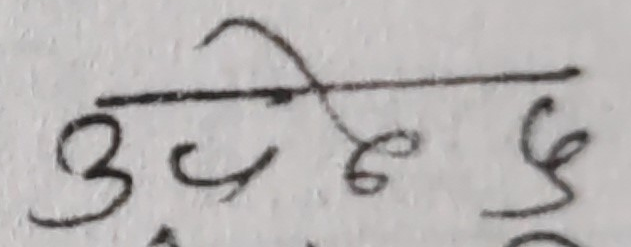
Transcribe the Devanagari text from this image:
उपेन्द्र